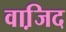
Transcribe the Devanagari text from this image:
वाजि़द